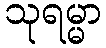
သုရမ္မာ